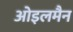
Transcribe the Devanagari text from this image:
ओइलमैन